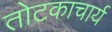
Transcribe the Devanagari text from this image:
तोटकाचार्य